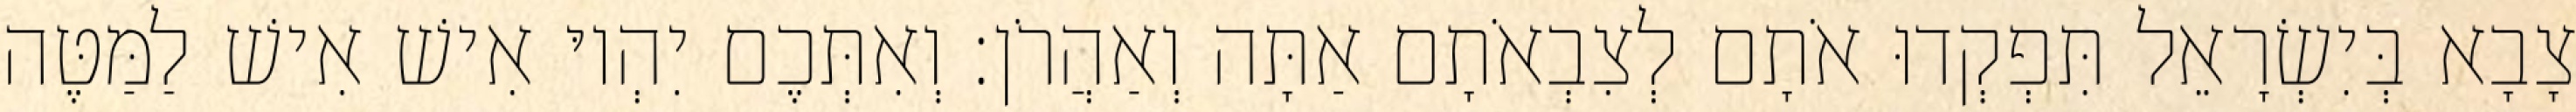
צָבָא בְּיִשְׂרָאֵל תִּפְקְדוּ אֹתָם לְצִבְאֹתָם אַתָּה וְאַהֲרֹן׃ וְאִתְּכֶם יִהְיוּ אִישׁ אִישׁ לַמַּטֶּה